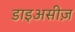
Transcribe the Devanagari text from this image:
डाइअसीज़